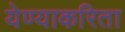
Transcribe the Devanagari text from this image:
येण्याकरिता